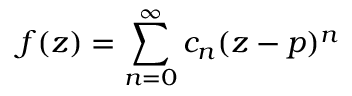
f ( z ) = \sum _ { n = 0 } ^ { \infty } c _ { n } ( z - p ) ^ { n }